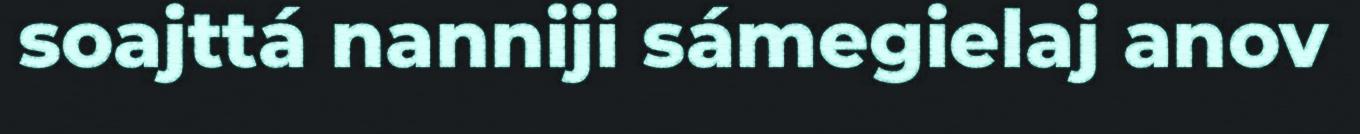
soajttá nanniji sámegielaj anov